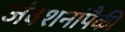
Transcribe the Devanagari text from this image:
जंक्शनांपैकी